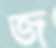
জ